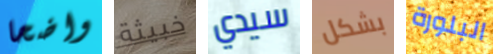
واضحا خبيثة سيدي بشكل البلورة